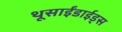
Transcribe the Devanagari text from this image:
थूसाईंडाईड्स